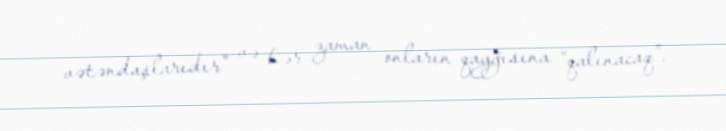
vətəndaşlarıdır” və hər zaman onların qayğısına “qalınacaq”.